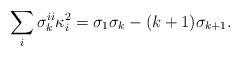
LaTeX: \begin{align*}\sum_i \sigma_{k}^{ii}\kappa_i^2=\sigma_1\sigma_k-(k+1)\sigma_{k+1}.\end{align*}